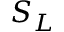
S _ { L }